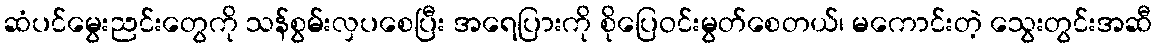
ဆံပင်မွေးညင်းတွေကို သန်စွမ်းလှပစေပြီး အရေပြားကို စိုပြေဝင်းမွတ်စေတယ်၊ မကောင်းတဲ့ သွေးတွင်းအဆီ